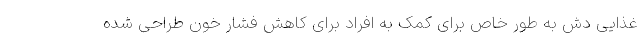
غذایی دش به طور خاص برای کمک به افراد برای کاهش فشار خون طراحی شده